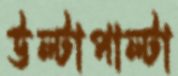
উল্টাপাল্টা